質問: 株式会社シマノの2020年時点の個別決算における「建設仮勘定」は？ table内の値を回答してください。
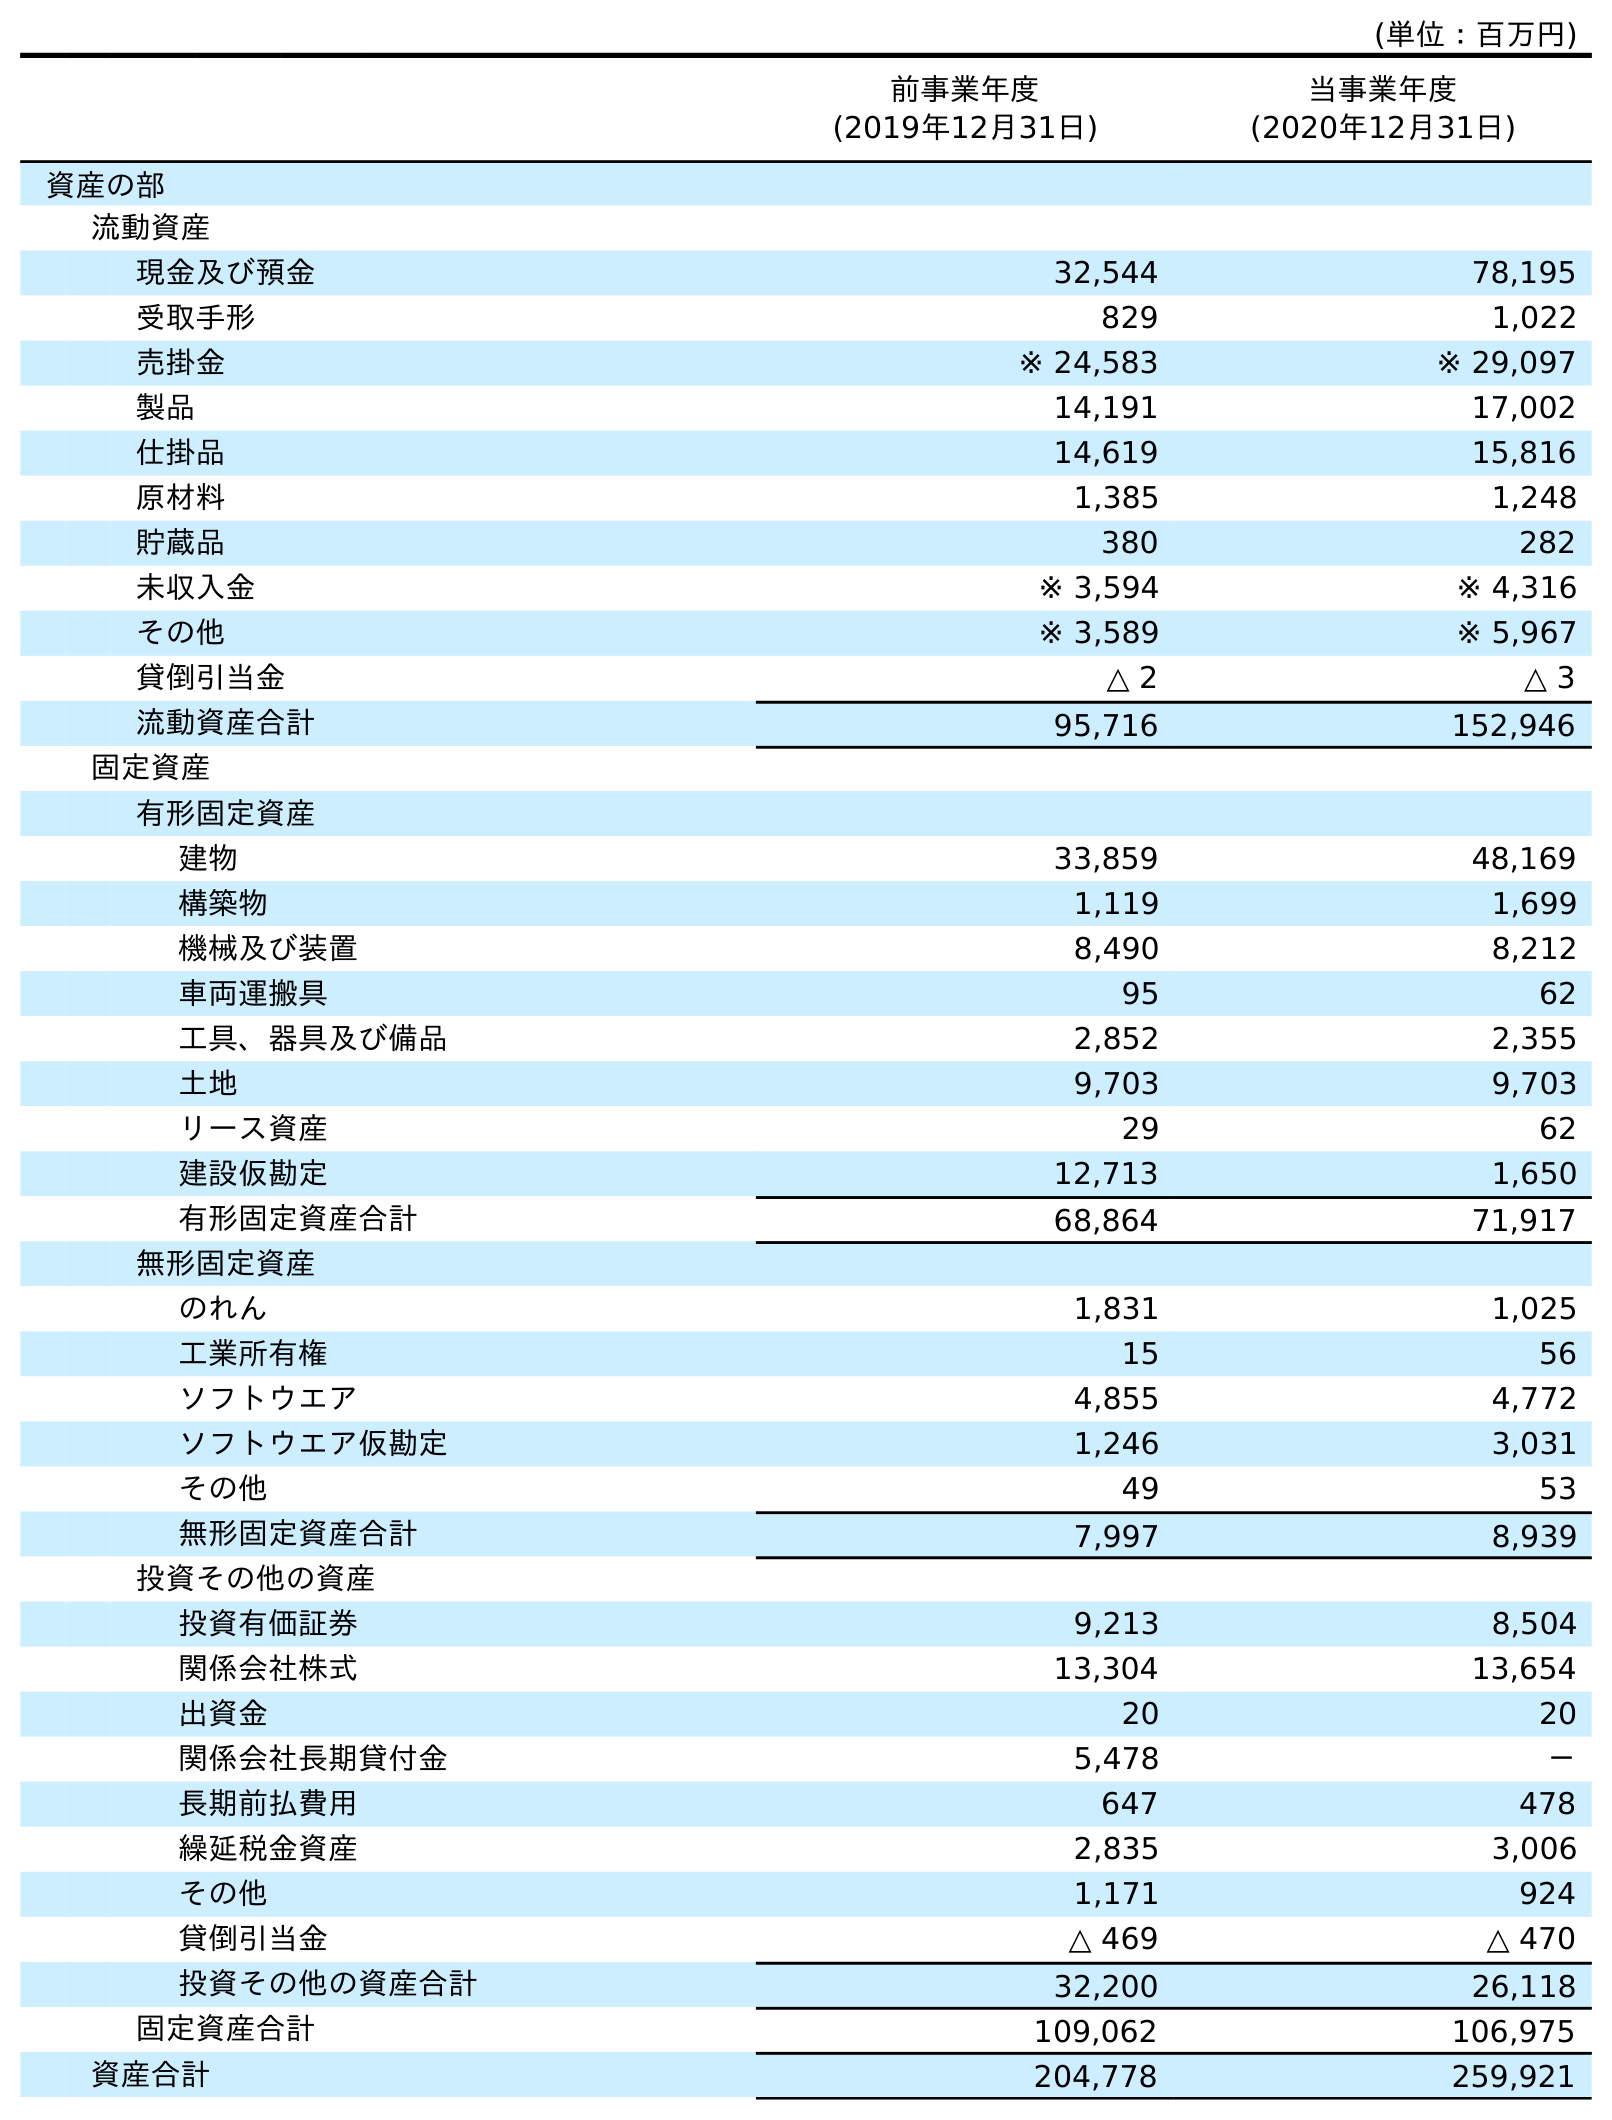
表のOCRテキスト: (単位：百万円) 前事業年度 (2019年12月31日) 当事業年度 (2020年12月31日) 資産の部 流動資産 現金及び預金 32,544 78,195 受取手形 829 1,022 売掛金 ※ 24,583 ※ 29,097 製品 14,191 17,002 仕掛品 14,619 15,816 原材料 1,385 1,248 貯蔵品 380 282 未収入金 ※ 3,594 ※ 4,316 その他 ※ 3,589 ※ 5,967 貸倒引当金 △ 2 △ 3 流動資産合計 95,716 152,946 固定資産 有形固定資産 建物 33,859 48,169 構築物 1,119 1,699 機械及び装置 8,490 8,212 車両運搬具 95 62 工具、器具及び備品 2,852 2,355 土地 9,703 9,703 リース資産 29 62 建設仮勘定 12,713 1,650 有形固定資産合計 68,864 71,917 無形固定資産 のれん 1,831 1,025 工業所有権 15 56 ソフトウエア 4,855 4,772 ソフトウエア仮勘定 1,246 3,031 その他 49 53 無形固定資産合計 7,997 8,939 投資その他の資産 投資有価証券 9,213 8,504 関係会社株式 13,304 13,654 出資金 20 20 関係会社長期貸付金 5,478 － 長期前払費用 647 478 繰延税金資産 2,835 3,006 その他 1,171 924 貸倒引当金 △ 469 △ 470 投資その他の資産合計 32,200 26,118 固定資産合計 109,062 106,975 資産合計 204,778 259,921
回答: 1,650